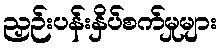
ညှဉ်းပန်းနှိပ်စက်မှုများ